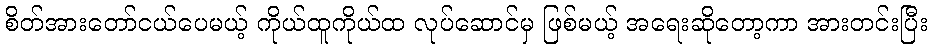
စိတ်အားတော်ငယ်ပေမယ့် ကိုယ်ထူကိုယ်ထ လုပ်ဆောင်မှ ဖြစ်မယ့် အရေးဆိုတော့ကာ အားတင်းပြီး